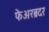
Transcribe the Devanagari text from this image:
फेअरब्रदर